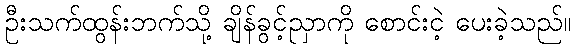
ဦးသက်ထွန်းဘက်သို့ ချိန်ခွင့်ညှာကို စောင်းငဲ့ ပေးခဲ့သည်။